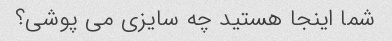
شما اینجا هستید چه سایزی می پوشی؟